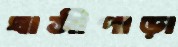
ঘাসীপাড়া